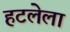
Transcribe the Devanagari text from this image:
हटलेला